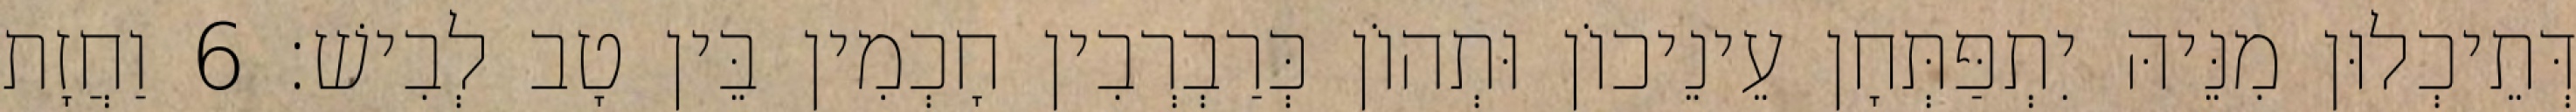
דְּתֵיכְלוּן מִנֵּיהּ יִתְפַּתְּחָן עֵינֵיכוֹן וּתְהוֹן כְּרַבְרְבִין חָכְמִין בֵּין טָב לְבִישׁ׃ 6 וַחֲזָת